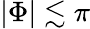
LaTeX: |\Phi|\lesssim\pi